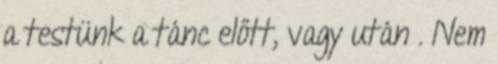
a testünk a tánc előtt, vagy után . Nem